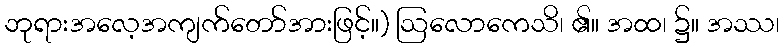
ဘုရားအလေ့အကျက်တော်အားဖြင့်။) ဩလောကေသိ၊ ၏။ အထ၊ ၌။ အဿ၊